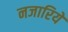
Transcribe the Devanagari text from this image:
नजारिये